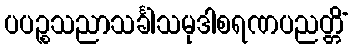
ပပဉ္စသညာသင်္ခါသမုဒါစရဏပညတ္တိံ